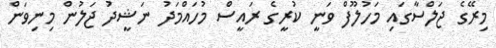
މިރޭގެ ޖަލްސާގައި މަހުލޫފް ވަނީ ކުރީގެ ރައީސް މުހައްމަދު ނަޝީދު ޖަލުން މިނިވަން